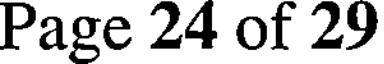
Page 24 of 29